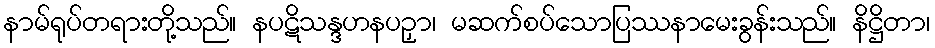
နာမ်ရုပ်တရားတို့သည်။ နပဋိသန္ဒဟနပဉှာ၊ မဆက်စပ်သောပြဿနာမေးခွန်းသည်။ နိဋ္ဌိတာ၊